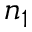
n _ { 1 }